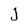
Character: J